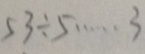
5 3 \div 5 \cdots 3